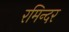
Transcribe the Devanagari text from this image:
रमिन्दर